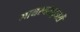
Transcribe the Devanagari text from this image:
मायस्चराइजरों